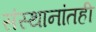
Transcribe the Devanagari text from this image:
संस्थानांतही